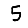
Digit: 5